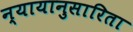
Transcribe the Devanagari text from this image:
न्यायानुसारिता